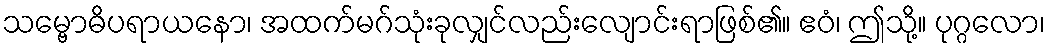
သမ္ဗောဓိပရာယနော၊ အထက်မဂ်သုံးခုလျှင်လည်းလျောင်းရာဖြစ်၏။ ဧဝံ၊ ဤသို့။ ပုဂ္ဂလော၊